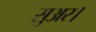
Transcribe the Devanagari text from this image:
सुअर।